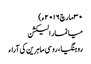
۳۰ مارچ ۲۰۱۶ء)
میانمار الیکشن
روہنگیا ، روسی ماہرین کی آراء